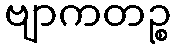
ဗျာကတဉ္စ